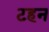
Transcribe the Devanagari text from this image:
टहन